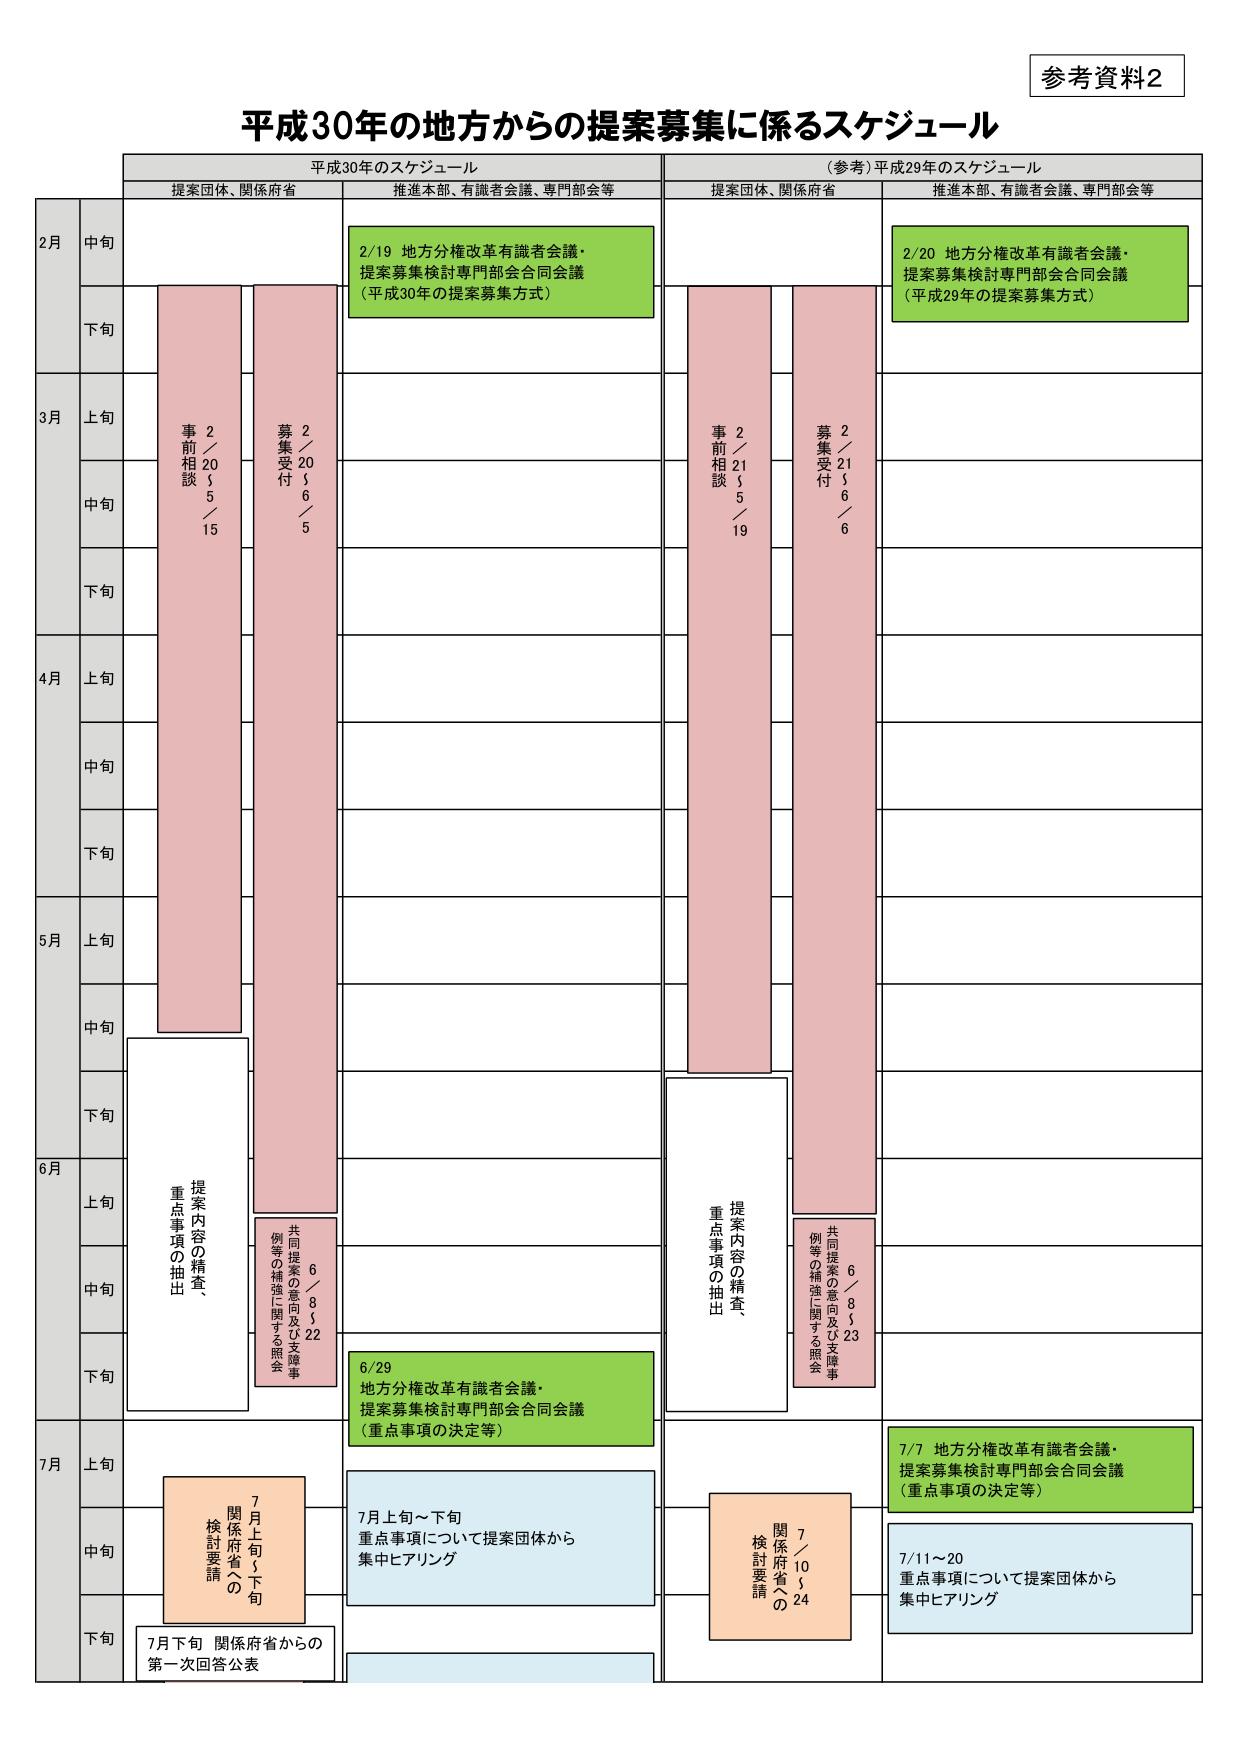
参考資料2

平成30年の地方からの提案募集に係るスケジュール

平成30年のスケジュール
（参考）平成29年のスケジュール

提案団体、関係府省
推進本部、有識者会議、専門部会等
提案団体、関係府省
推進本部、有識者会議、専門部会等

2月
中旬
2/19 地方分権改革有識者会議・
提案募集検討専門部会合同会議
（平成30年の提案募集方式）
2/20 地方分権改革有識者会議・
提案募集検討専門部会合同会議
（平成29年の提案募集方式）

下旬

3月
上旬
事前相談
2／20～5／15
募集受付
2／20～6／5
事前相談
2／21～5／19
募集受付
2／21～6／6

中旬

下旬

4月
上旬

中旬

下旬

5月
上旬

中旬

下旬

6月
上旬
提案内容の精査、
重点事項の抽出
共同提案の意向及び支障事
例等の補強に関する照会
6／8～5／22
提案内容の精査、
重点事項の抽出
共同提案の意向及び支障事
例等の補強に関する照会
6／8～5／23

中旬

下旬
6/29
地方分権改革有識者会議・
提案募集検討専門部会合同会議
（重点事項の決定等）

7月
上旬
7月上旬～下旬
重点事項について提案団体から
集中ヒアリング
7/7 地方分権改革有識者会議・
提案募集検討専門部会合同会議
（重点事項の決定等）

中旬
関係府省への
検討要請
7／10～5／24
7/11～20
重点事項について提案団体から
集中ヒアリング

下旬
7月下旬 関係府省からの
第一次回答公表